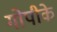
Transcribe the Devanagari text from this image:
गोपीके